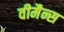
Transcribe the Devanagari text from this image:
वीमैन्स